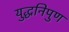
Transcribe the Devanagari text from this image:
युद्धनिपुण